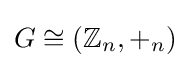
G\cong (\mathbb {Z} _{n},+_{n})